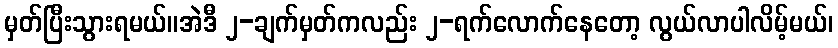
မှတ်ပြီးသွားရမယ်။အဲဒီ ၂-ချက်မှတ်ကလည်း ၂-ရက်လောက်နေတော့ လွယ်လာပါလိမ့်မယ်၊